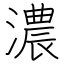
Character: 濃